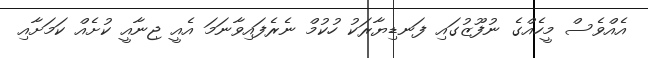
އެއްވެސް މީހެއްގެ ނުފޫޒުގައި ފަނޑިޔާރަކު ހުކުމް ނެރެފައިވާނަމަ އެއީ ޖިނާއީ ކުށެއް ކަމަށާއި